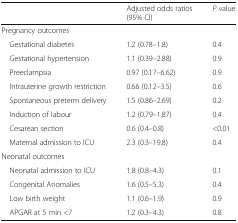
|  | Adjusted odds ratios(95% CI) | P value |
 | --- | --- | --- |
 | <COLSPAN=3> Pregnancy outcomes |
 | Gestational diabetes | 1.2 (0.78–1.8) | 0.4 |
 | Gestational hypertension | 1.1 (0.39–2.88) | 0.9 |
 | Preeclampsia | 0.97 (0.17–6.62) | 0.9 |
 | Intrauterine growth restriction | 0.66 (0.12–3.5) | 0.6 |
 | Spontaneous preterm delivery | 1.5 (0.86–2.69) | 0.2 |
 | Induction of labour | 1.2 (0.79–1.87) | 0.4 |
 | Cesarean section | 0.6 (0.4–0.8) | <0.01 |
 | Maternal admission to ICU | 2.3 (0.3–19.8) | 0.4 |
 | <COLSPAN=3> Neonatal outcomes |
 | Neonatal admission to ICU | 1.8 (0.8–4.3) | 0.1 |
 | Congenital Anomalies | 1.6 (0.5–5.3) | 0.4 |
 | Low birth weight | 1.1 (0.6–1.9) | 0.9 |
 | APGAR at 5 min <7 | 1.2 (0.3–4.3) | 0.8 |